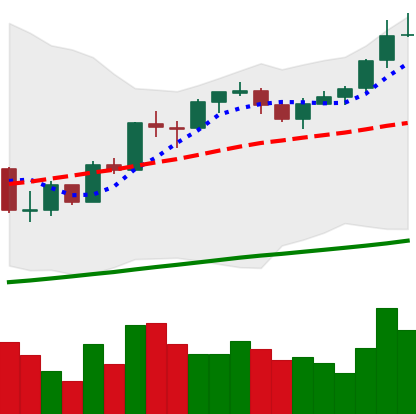
Ticker: BTC-USD
Chart end date: 2017-10-10
Forward return: 18.741%
Label: up_7plus